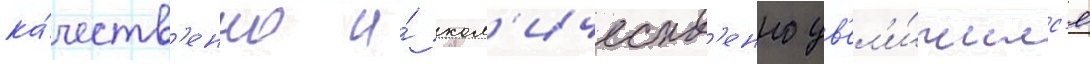
ка́честв'енно и́ кол'ичеств'енно ув'ел'и́чилс'я